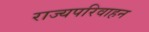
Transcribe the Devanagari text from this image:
राज्यपरिवाहन